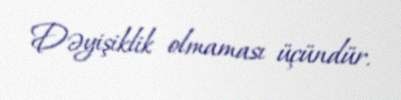
Dəyişiklik olmaması üçündür.